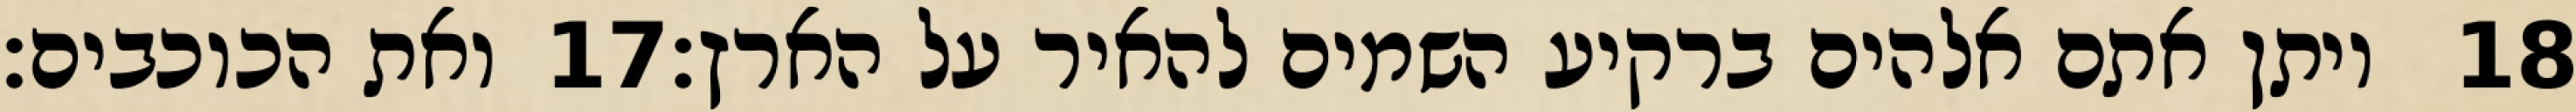
ואת הכוכבים׃ ‎17‏ ויתן אתם אלהים ברקיע השמים להאיר על הארץ׃ ‎18‏